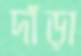
দাঁড়া